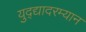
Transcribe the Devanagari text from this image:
युद्द्यादरम्यान